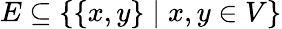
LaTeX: E\subseteq\{ \{ x,y\} \mid x,y\in V\}